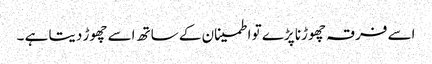
اسے فرقہ چھوڑنا پڑے تو اطمینان کے ساتھ اسے چھوڑ دیتا ہے ۔